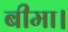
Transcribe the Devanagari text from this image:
बीमा।